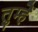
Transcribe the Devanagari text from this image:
तुम्हेें